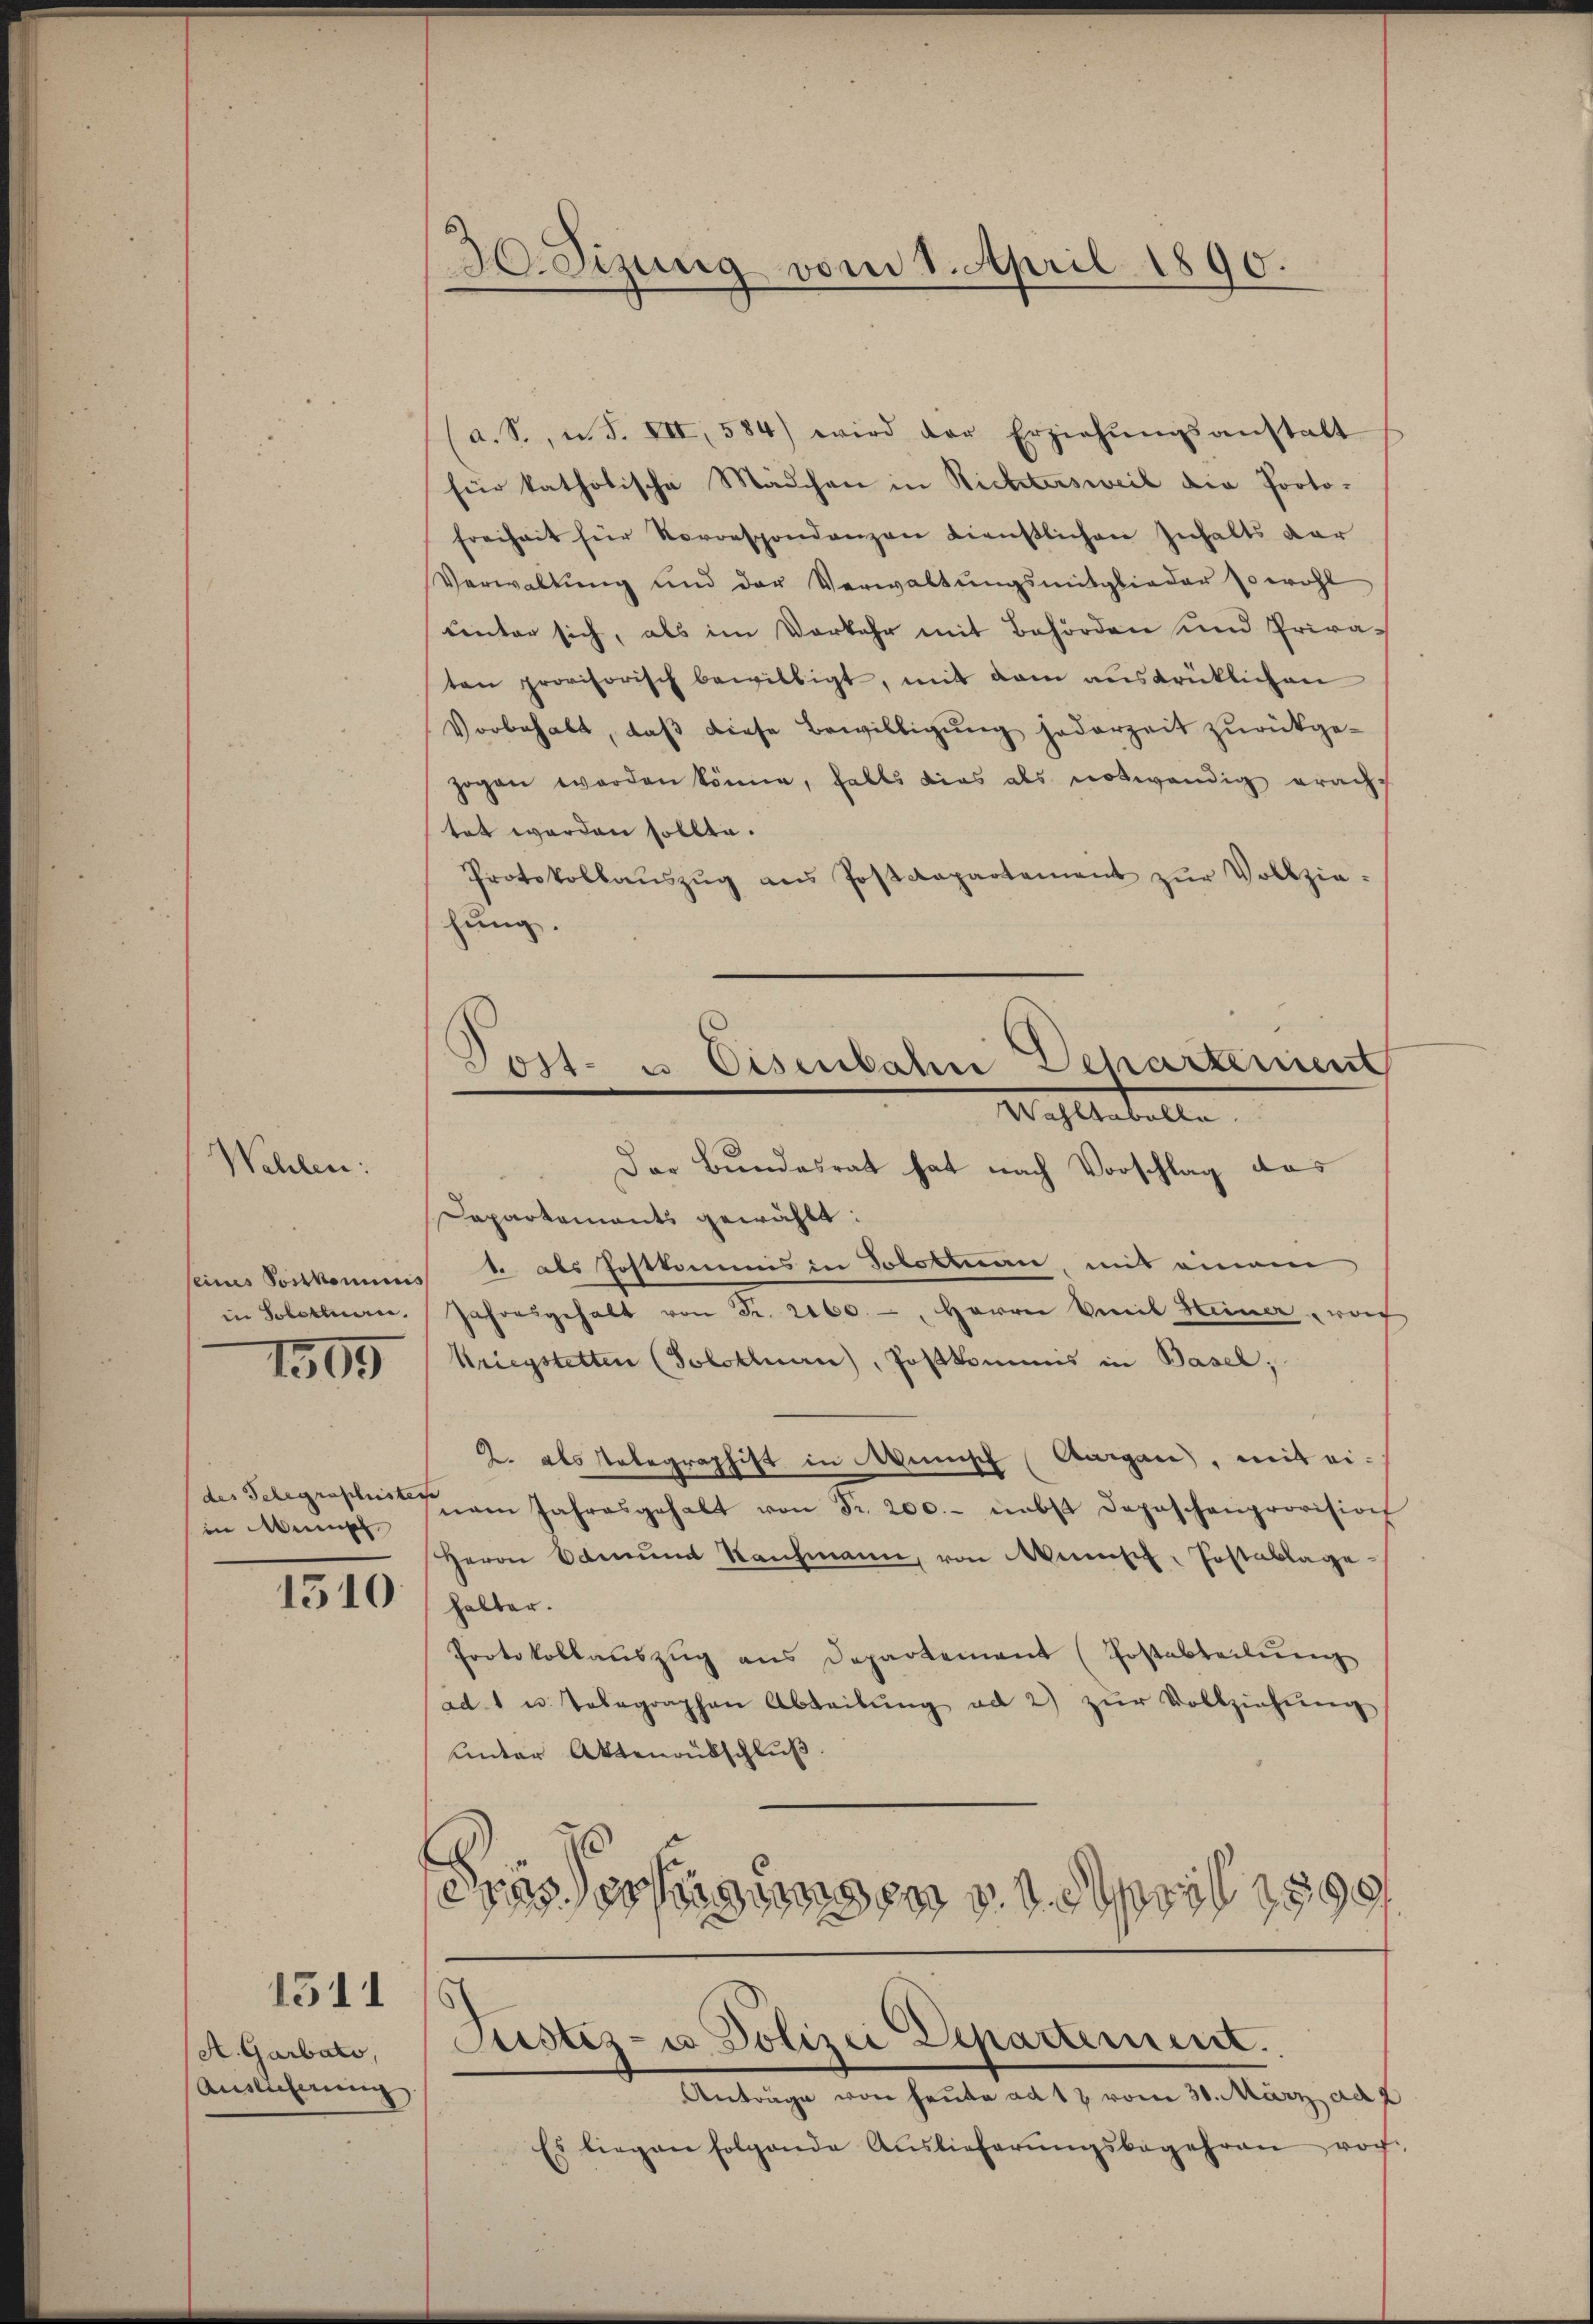
eines Postkanis
in Solothurn.

Wehlen:

1595

des Telegraphisten
in emph

1510

A. Garbato,
Auslicherung

1311

30. Sizung vom 1. April 1890.

Post- u Eisenbahn Dehartement
Mahletalle

a. S., n. F. VII, 584) wird der Erziehŭngsanstalt
für katholische Mädchen in Richtersweil die Protofreiheit für Vororspondenzen dienstlichen Inhalts dar
Verwaltung und der Verwaltŭngsmitglieder sowohl
unter sich, als im Vorkehr mit Behörden und Privaten provisorisch bewilligt, mit dem ausdrüklichen
Vorbehalt, daβ diese Bewilligŭng jederzeit zŭrückge-
zogen worden könne, falls dies als notwendig eracht
tet werden sollte.
Protokollaŭszŭg ans Postdepartement zŭr Vollzie-
hung.
Der Bundesrat hat nach Vorschlag das
Dapartements gewählt:
1. als Postkommnis in Solottan, mit einem
Jahresgehalt von Fr. 2160. - Herrn Vereil Heiner rof
Kriegstetten (Solothurn, Postkommis in Basel;
2. als Telegraphist in Wünsch Aargau, mit einem Jahresgehalt von Fr. 200.- nebst Depeschenprovision
Herrn Samŭm Rahmann, von Minisch, Postablage
halter.
Protokollaŭszŭg ans Departement (Postabteilŭng
ad 1 u. Telegraphen Abteilŭng ad 2) zŭr Vollziehŭng
unter Aktenausschluß.
¬
das er seien 1. April 1890
Justiz- u. Polizei Departement.
Anträge von heute ad 12 vom 30. März ad 2
Es liegen folgende Auslieferŭngsbegehren noch